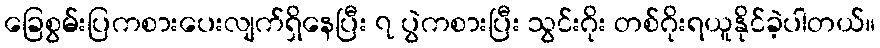
ခြေစွမ်းပြကစားပေးလျက်ရှိနေပြီး ၇ ပွဲကစားပြီး သွင်းဂိုး တစ်ဂိုးရယူနိုင်ခဲ့ပါတယ်။